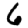
Digit: 6